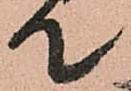
て